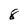
Character: 8